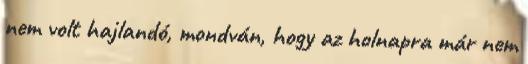
nem volt hajlandó, mondván, hogy az holnapra már nem